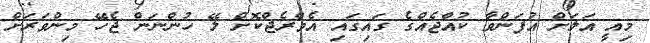
މިއީ އަލަށް އުފަންވާ ކުއްޖެއްގެ ގައިގައި އެވްރެޖްކޮށް ލޭ ހުންނަން ޖެހޭ މިންވަރަށް